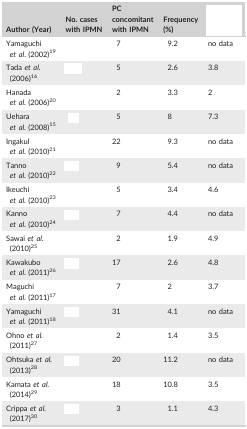
<table><thead><tr><td><b>Author (Year)</b></td><td><b>No. cases with IPMN</b></td><td><b>PC concomitant with IPMN</b></td><td><b>Frequency (%)</b></td><td>[EMPTY_CELL]</td></tr></thead><tbody><tr><td>Yamaguchi <i>et al</i>. (2002)19</td><td>[EMPTY_CELL]</td><td>7</td><td>9.2</td><td>no data</td></tr><tr><td>Tada <i>et al</i>. (2006)16</td><td>[EMPTY_CELL]</td><td>5</td><td>2.6</td><td>3.8</td></tr><tr><td>Hanada <i>et al</i>. (2006)20</td><td>[EMPTY_CELL]</td><td>2</td><td>3.3</td><td>2</td></tr><tr><td>Uehara <i>et al</i>. (2008)15</td><td>[EMPTY_CELL]</td><td>5</td><td>8</td><td>7.3</td></tr><tr><td>Ingakul <i>et al</i>. (2010)21</td><td>[EMPTY_CELL]</td><td>22</td><td>9.3</td><td>no data</td></tr><tr><td>Tanno <i>et al</i>. (2010)22</td><td>[EMPTY_CELL]</td><td>9</td><td>5.4</td><td>no data</td></tr><tr><td>Ikeuchi <i>et al</i>. (2010)23</td><td>[EMPTY_CELL]</td><td>5</td><td>3.4</td><td>4.6</td></tr><tr><td>Kanno <i>et al</i>. (2010)24</td><td>[EMPTY_CELL]</td><td>7</td><td>4.4</td><td>no data</td></tr><tr><td>Sawai <i>et al</i>. (2010)25</td><td>[EMPTY_CELL]</td><td>2</td><td>1.9</td><td>4.9</td></tr><tr><td>Kawakubo <i>et al</i>. (2011)26</td><td>[EMPTY_CELL]</td><td>17</td><td>2.6</td><td>4.8</td></tr><tr><td>Maguchi <i>et al</i>. (2011)17</td><td>[EMPTY_CELL]</td><td>7</td><td>2</td><td>3.7</td></tr><tr><td>Yamaguchi <i>et al</i>. (2011)18</td><td>[EMPTY_CELL]</td><td>31</td><td>4.1</td><td>no data</td></tr><tr><td>Ohno <i>et al</i>. (2011)27</td><td>[EMPTY_CELL]</td><td>2</td><td>1.4</td><td>3.5</td></tr><tr><td>Ohtsuka <i>et al</i>. (2013)28</td><td>[EMPTY_CELL]</td><td>20</td><td>11.2</td><td>no data</td></tr><tr><td>Kamata <i>et al</i>. (2014)29</td><td>[EMPTY_CELL]</td><td>18</td><td>10.8</td><td>3.5</td></tr><tr><td>Crippa <i>et al</i>. (2017)30</td><td>[EMPTY_CELL]</td><td>3</td><td>1.1</td><td>4.3</td></tr></tbody></table>